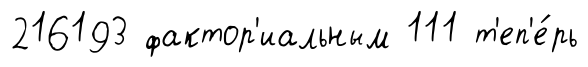
216193 фактор'иальным 111 т'еп'е́рь